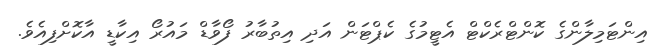
އިންޓަމިލާންގެ ކޮންޓްރެކްޓް އެޓީމުގެ ކެޕްޓަން އަދި އިތުބާރު ފޯވާޑް މައުރޯ އިކާޑީ އާކޮށްފިއެވެ.